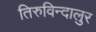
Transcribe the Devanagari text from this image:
तिरुविन्दालुर